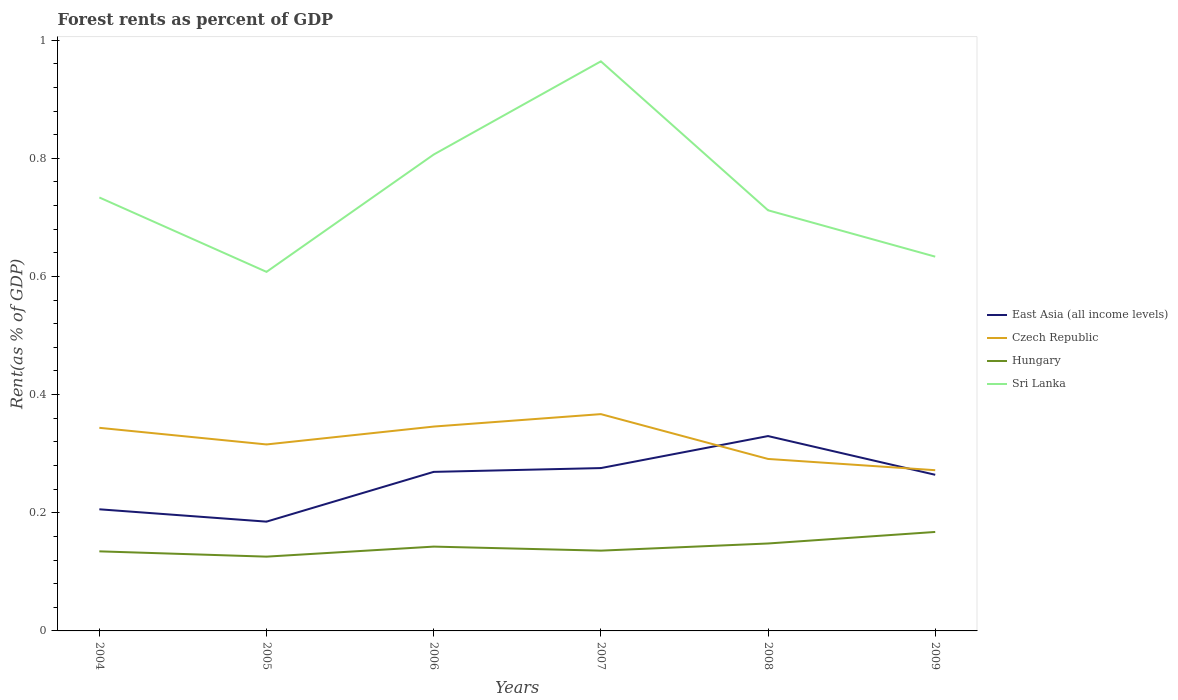
| Years | East Asia (all income levels) | Czech Republic | Hungary | Sri Lanka |
 | --- | --- | --- | --- | --- |
 | 2004 | 0.206 | 0.344 | 0.135 | 0.734 |
 | 2005 | 0.185 | 0.316 | 0.126 | 0.608 |
 | 2006 | 0.269 | 0.346 | 0.143 | 0.806 |
 | 2007 | 0.276 | 0.367 | 0.136 | 0.964 |
 | 2008 | 0.33 | 0.291 | 0.148 | 0.712 |
 | 2009 | 0.264 | 0.272 | 0.168 | 0.634 |